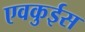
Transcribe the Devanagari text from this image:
एवकुईस